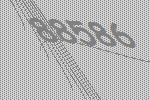
88586